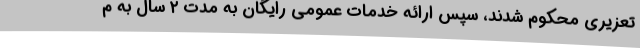
تعزیری محکوم شدند، سپس ارائه خدمات عمومی رایگان به مدت ۲ سال به م